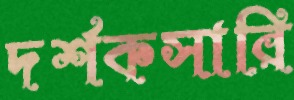
দর্শকসারি